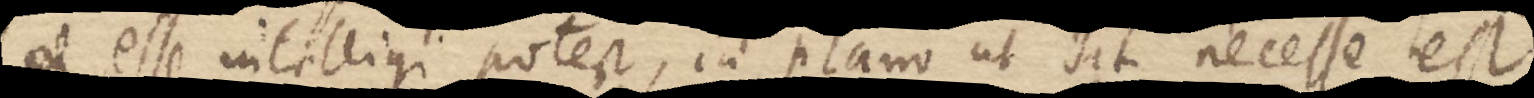
esse intelligi potest, in plano ut sit necesse est